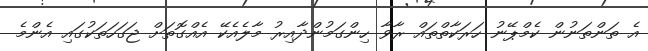
އެ ތަންތަނުން ކެމްޕޭނު ހަރަކާތްތައް ރާވާ ހިންގަމުންދާއިރު މާލެއެކޭ އެއްގޮތަށް ޖަގަހަތަކުގައި އެންމެ